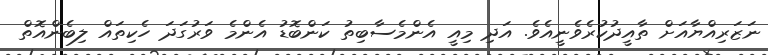
ނަޒަރިއްޔާއަށް ތާއީދުކުރެވެނީއެވެ. އަދި މިއީ އެންމެސާބިތު ކަންބޮޑު އެންމެ ވަރުގަދަ ހެކިތައް ލިބެންއޮތް